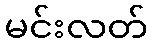
မင်းလတ်